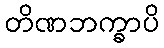
တိဏဘက္ခာပိ